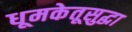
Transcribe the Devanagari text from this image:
धूमकेतूसुद्धा